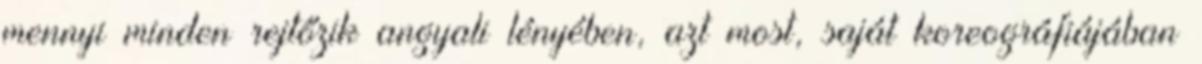
mennyi minden rejtőzik angyali lényében, azt most, saját koreográfiájában